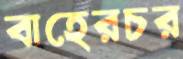
বাহেরচর